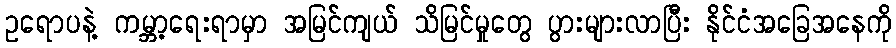
ဥရောပနဲ့ ကမ္ဘာ့ရေးရာမှာ အမြင်ကျယ် သိမြင်မှုတွေ ပွားများလာပြီး နိုင်ငံအခြေအနေကို